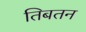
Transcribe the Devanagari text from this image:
तिबतन